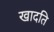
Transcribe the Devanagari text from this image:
खादति